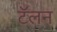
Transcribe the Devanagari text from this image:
टॅलन